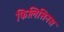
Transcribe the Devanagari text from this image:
फिलिसिनस